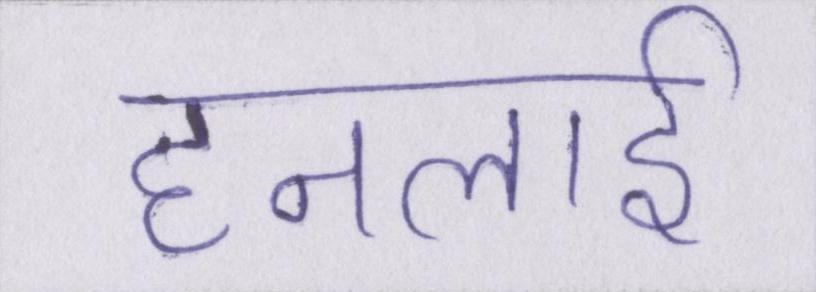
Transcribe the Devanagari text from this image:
हनलाई